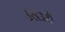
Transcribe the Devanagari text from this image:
उराउरी